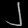
Digit: ၂